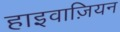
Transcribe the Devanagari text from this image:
हाइवाज़ियन